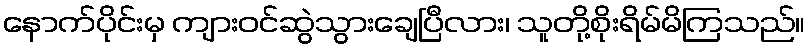
နောက်ပိုင်းမှ ကျားဝင်ဆွဲသွားချေပြီလား၊ သူတို့စိုးရိမ်မိကြသည်။